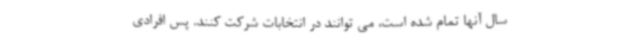
سال آنها تمام شده است، می توانند در انتخابات شرکت کنند. پس افرادی